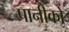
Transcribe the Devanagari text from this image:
पानीको